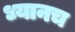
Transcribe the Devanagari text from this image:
ध्यानच